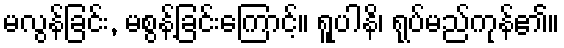
မလွန်ခြင်း, မစွန့်ခြင်းကြောင့်။ ရူပါနိ၊ ရုပ်မည်ကုန်၏။